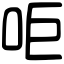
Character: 𠰠